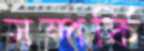
সম্পর্কি